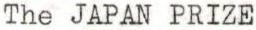
The JAPAN PRIZE